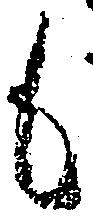
も